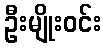
ဦးမျိုးဝင်း